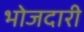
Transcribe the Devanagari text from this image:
भोजदारी